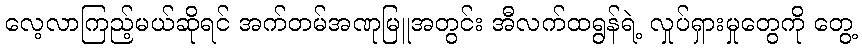
လေ့လာကြည့်မယ်ဆိုရင် အက်တမ်အဏုမြူအတွင်း အီလက်ထရွန်ရဲ့ လှုပ်ရှားမှုတွေကို တွေ့